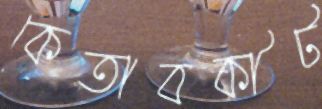
কেতাবকীট